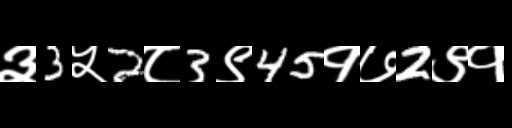
Text: ३3५2८3९45१७2९१